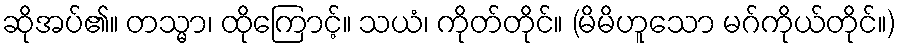
ဆိုအပ်၏။ တသ္မာ၊ ထိုကြောင့်။ သယံ၊ ကိုတ်တိုင်။ (မိမိဟူသော မဂ်ကိုယ်တိုင်။)